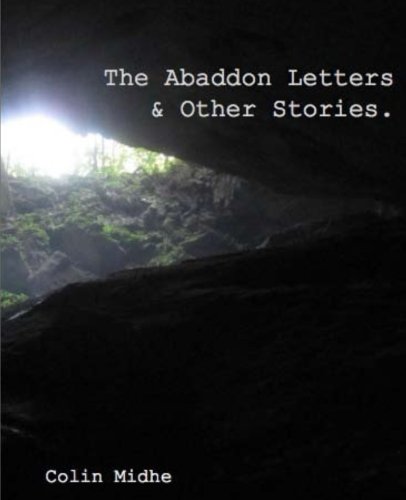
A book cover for The Abaddon Letters & Other Stories.; Colin Midhe; Science Fiction & Fantasy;